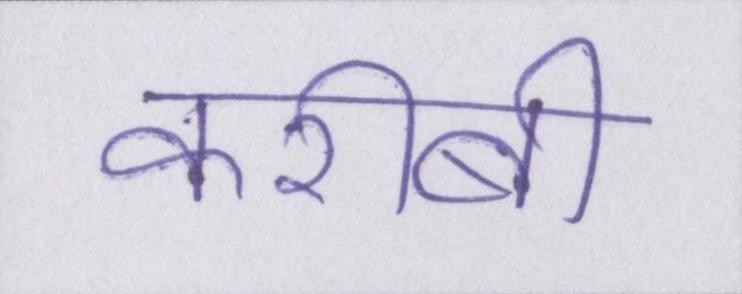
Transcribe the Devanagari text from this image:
करीबी